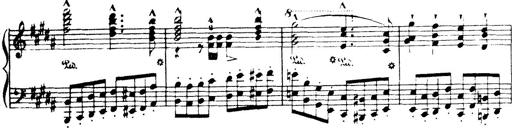
Title: Wagner-Liszt Album
Composer: Franz Liszt